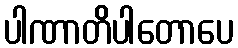
ပါဏာတိပါတောပေ